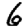
Digit: 6